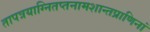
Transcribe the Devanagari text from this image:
तापत्रयाग्नितप्तनामशान्तप्राणिनां